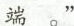
端。